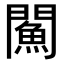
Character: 𨶢